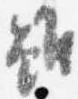
雖